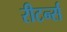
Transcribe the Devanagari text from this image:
रीटर्न्स